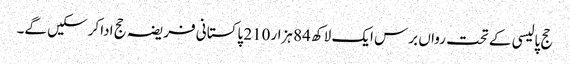
حج پالیسی کے تحت رواں برس ایک لاکھ 84 ہزار210 پاکستانی فریضہ حج ادا کرسکیں گے۔